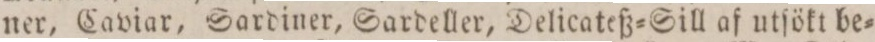
ner, Caviar, Sardiner, Sardeller, Delicateß=Sill af utſökt be=